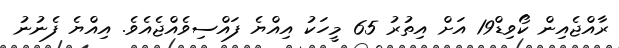
ރާއްޖެއިން ކޯވިޑް19 އަށް އިތުރު 65 މީހަކު އިއްޔެ ފައްސިވެއްޖެއެވެ. އިއްޔެ ފެނުނު